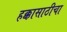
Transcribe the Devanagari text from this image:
हक्कासाठीचा